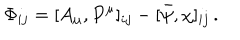
\Phi _ { i j } = [ A _ { \mu } , P ^ { \mu } ] _ { i j } - [ \bar { \psi } , \chi ] _ { i j } \, .